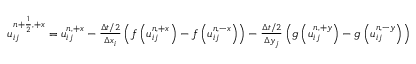
\begin{array} { r } { u _ { i j } ^ { { n + \frac { 1 } { 2 } } , + x } = u _ { i j } ^ { n , + x } - \frac { \Delta t / 2 } { \Delta x _ { i } } \left( f \left( u _ { i j } ^ { n , + x } \right) - f \left( u _ { i j } ^ { n , - x } \right) \right) - \frac { \Delta t / 2 } { \Delta y _ { j } } \left( g \left( u _ { i j } ^ { n , + y } \right) - g \left( u _ { i j } ^ { n , - y } \right) \right) } \end{array}